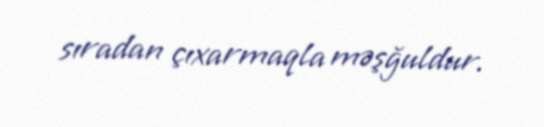
sıradan çıxarmaqla məşğuldur.